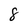
Character: 8